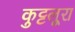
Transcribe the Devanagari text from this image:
कुट्टलूरा